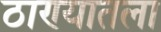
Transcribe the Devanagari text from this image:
ठाण्यातला